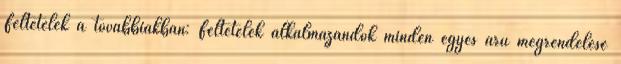
Feltételek a továbbiakban: Feltételek alkalmazandók minden egyes áru megrendelése